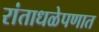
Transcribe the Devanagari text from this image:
रांताधळेपणात